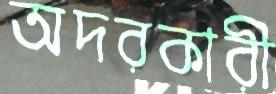
অদরকারী